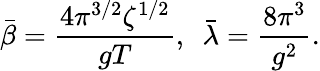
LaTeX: \bar{\beta}=\frac{4\pi^{3/2}\zeta^{1/2}}{gT},~~\bar{\lambda}=\frac{8\pi^{3}}{g^{2}}.